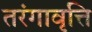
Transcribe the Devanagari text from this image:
तरंगावृत्ति